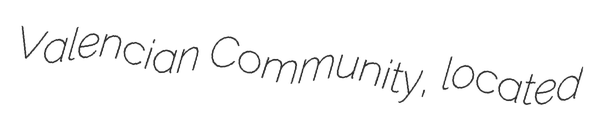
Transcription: Valencian Community, located